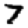
Digit: 7